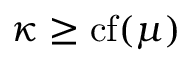
\kappa \geq \operatorname { c f } ( \mu )